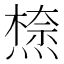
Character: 𭵾